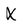
Character: X